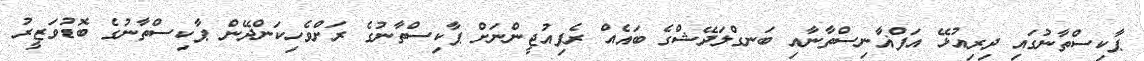
ޕާކިސްތާނުގައި ދިރިއުޅޭ އަފްޣާނިސްތާނާއި ބަނގްލަދޭޝްގެ ބައެއް ރެފިއުޖީންނަށް ޕާކިސްތާނުގެ ރަށްވެހިކަންދޭން ޕާކިސްތާނުގެ ބޮޑުވަޒީރު